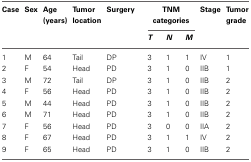
<table><thead><tr><td><b>Case</b></td><td><b>Sex</b></td><td><b>Age (years)</b></td><td><b>Tumor location</b></td><td><b>Surgery</b></td><td colspan="3"><b>TNM categories</b></td><td><b>Stage</b></td><td><b>Tumor grade</b></td></tr><tr><td></td><td></td><td></td><td></td><td></td><td><b><i>T</i></b></td><td><b><i>N</i></b></td><td><b><i>M</i></b></td><td></td><td></td></tr></thead><tbody><tr><td>1</td><td>M</td><td>64</td><td>Tail</td><td>DP</td><td>3</td><td>1</td><td>1</td><td>IV</td><td>1</td></tr><tr><td>2</td><td>F</td><td>54</td><td>Head</td><td>PD</td><td>3</td><td>1</td><td>0</td><td>IIB</td><td>1</td></tr><tr><td>3</td><td>M</td><td>72</td><td>Tail</td><td>DP</td><td>3</td><td>1</td><td>0</td><td>IIB</td><td>2</td></tr><tr><td>4</td><td>F</td><td>56</td><td>Head</td><td>PD</td><td>3</td><td>1</td><td>0</td><td>IIB</td><td>2</td></tr><tr><td>5</td><td>M</td><td>44</td><td>Head</td><td>PD</td><td>3</td><td>1</td><td>0</td><td>IIB</td><td>2</td></tr><tr><td>6</td><td>M</td><td>71</td><td>Head</td><td>PD</td><td>3</td><td>1</td><td>0</td><td>IIB</td><td>2</td></tr><tr><td>7</td><td>F</td><td>56</td><td>Head</td><td>PD</td><td>3</td><td>0</td><td>0</td><td>IIA</td><td>2</td></tr><tr><td>8</td><td>F</td><td>67</td><td>Head</td><td>PD</td><td>3</td><td>1</td><td>1</td><td>IV</td><td>2</td></tr><tr><td>9</td><td>F</td><td>65</td><td>Head</td><td>PD</td><td>3</td><td>1</td><td>0</td><td>IIB</td><td>2</td></tr></tbody></table>